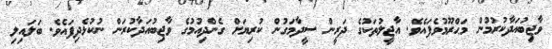
ވާޖިބުއަދާކުރުމުން މަޙްރޫމުވެފައެވެ. އާޖީލުތަކުގެ ދަރީން ސީދާމަގުން ކުރިޔަށް ގެންދިއުމުގެ ވާޖިބުއަދާކުރަން ނުކުޅެދިފައެވެ. ބަލައިލި